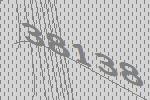
38138